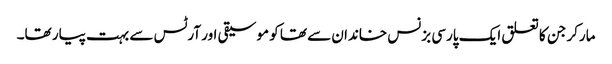
مارکر جن کا تعلق ایک پارسی بزنس خاندان سے تھا کو موسیقی اور آرٹس سے بہت پیار تھا۔